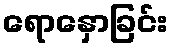
ရောနှောခြင်း